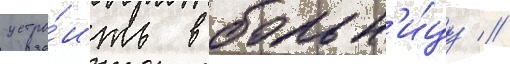
устро́ить в больн'и́цу //